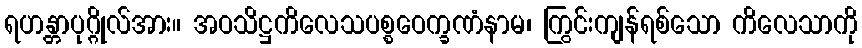
ရဟန္တာပုဂ္ဂိုလ်အား။ အဝသိဋ္ဌကိလေသပစ္စဝေက္ခဏံနာမ၊ ကြွင်းကျန်ရစ်သော ကိလေသာကို